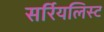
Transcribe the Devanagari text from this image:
सर्रियलिस्ट